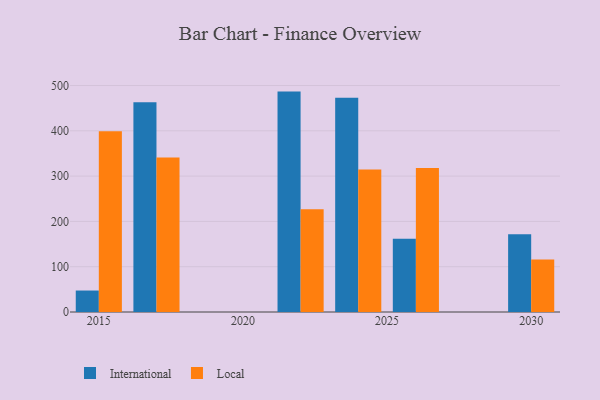
{"axis": {"x": "Year", "y": "Production Output"}, "legend": ["International", "Local"], "data": [{"x": "2015", "y": 47.4, "type": "International"}, {"x": "2015", "y": 398.8, "type": "Local"}, {"x": "2022", "y": 486.6, "type": "International"}, {"x": "2022", "y": 226.9, "type": "Local"}, {"x": "2017", "y": 463.0, "type": "International"}, {"x": "2017", "y": 341.0, "type": "Local"}, {"x": "2026", "y": 161.5, "type": "International"}, {"x": "2026", "y": 317.8, "type": "Local"}, {"x": "2024", "y": 473.0, "type": "International"}, {"x": "2024", "y": 314.8, "type": "Local"}, {"x": "2030", "y": 171.9, "type": "International"}, {"x": "2030", "y": 116.0, "type": "Local"}]}